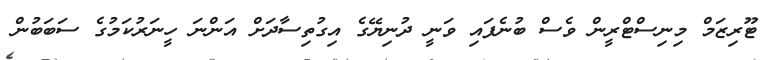
ޓޫރިޒަމް މިނިސްޓްރީން ވެސް ބުނެފައި ވަނީ ދުނިޔޭގެ އިގުތިސާދަށް އަންނަ ހީނަރުކަމުގެ ސަބަބުން